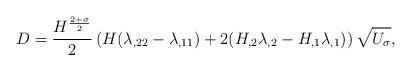
LaTeX: \begin{align*}D=\frac{H^{\frac{2+\sigma}{2}}}{2}\left(H(\lambda_{,22}-\lambda_{,11})+2(H_{,2}\lambda_{,2}-H_{,1}\lambda_{,1})\right)\sqrt{U_\sigma},\end{align*}